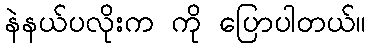
နဲနယ်ပလိုးက ကို ပြောပါတယ်။